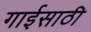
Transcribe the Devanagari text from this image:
गाईसाठी